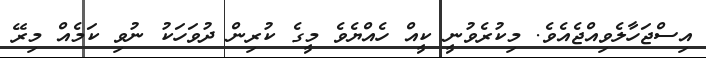
އިސްޖަހާލެވިއްޖެއެވެ. މިކުރެވުނީ ކީއް ހެއްޔެވެ މީގެ ކުރިން ދުވަހަކު ނުވި ކަމެއް މިރޭ